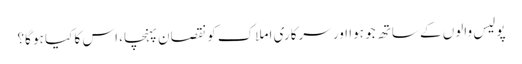
پولیس والوں کے ساتھ جو ہوا اور سرکاری املاک کو نقصان پہنچا، اس کا کیا ہو گا؟